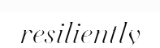
resiliently